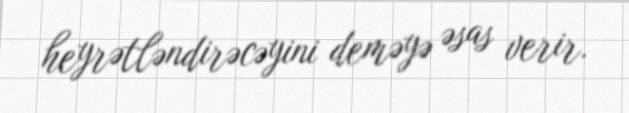
heyrətləndirəcəyini deməyə əsas verir.